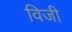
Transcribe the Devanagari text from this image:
विजी